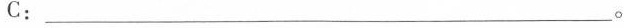
C：___。